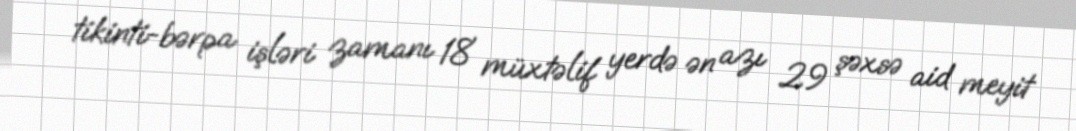
tikinti-bərpa işləri zamanı 18 müxtəlif yerdə ən azı 29 şəxsə aid meyit